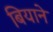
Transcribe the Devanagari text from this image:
बियाने